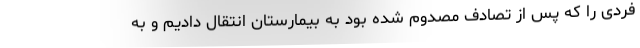
فردی را که پس از تصادف مصدوم شده بود به بیمارستان انتقال دادیم و به